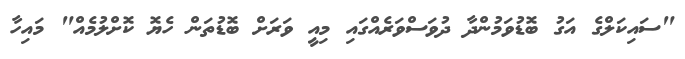
"ސައިކަލްގެ އަގު ބޮޑުވަމުންދާ ދުވަސްވަރެއްގައި މިއީ ވަރަށް ބޮޑުތަން ހެޔޮ ކޮށްލުމެއް" މައިހާ